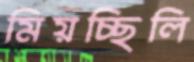
মিয়চ্ছিলি